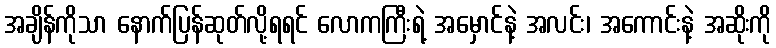
အချိန်ကိုသာ နောက်ပြန်ဆုတ်လို့ရရင် လောကကြီးရဲ့ အမှောင်နဲ့ အလင်း၊ အကောင်းနဲ့ အဆိုးကို